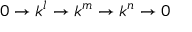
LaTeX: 0 \to k ^ { l } \to k ^ { m } \to k ^ { n } \to 0